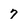
Character: 7